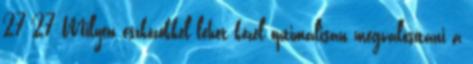
27 27 Milyen eszközökkel lehet közel optimálisan megvalósítani a